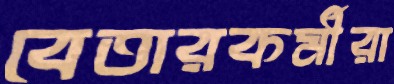
বেতারকর্মীরা